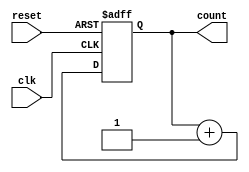
module binary_up_counter #(parameter n = 4) (
    input wire clk,         // Clock signal
    input wire reset,       // Asynchronous reset signal
    output reg [n-1:0] count // n-bit output count
);

// Always block to handle the counter logic
always @(posedge clk or posedge reset) begin
    if (reset) begin
        // Reset the counter to 0
        count <= 0;
    end else begin
        // Increment the counter
        count <= count + 1;
    end
end

endmodule